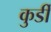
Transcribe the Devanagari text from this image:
कुर्डी